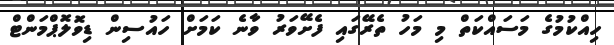
ހިއްކުމުގެ މަސައްކަތް މި މަހު ތެރޭގައި ފެށޭވަރު ވާނެ ކަމަށް ހައުސިން ޑިވޮލޮޕްމަންޓް